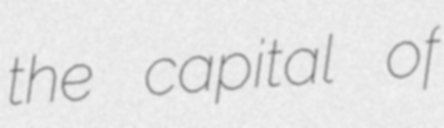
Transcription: the capital of